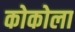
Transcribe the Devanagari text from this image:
कोकोला